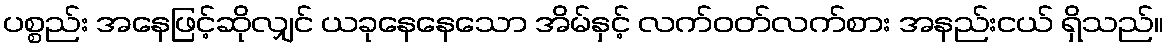
ပစ္စည်း အနေဖြင့်ဆိုလျှင် ယခုနေနေသော အိမ်နှင့် လက်ဝတ်လက်စား အနည်းငယ် ရှိသည်။